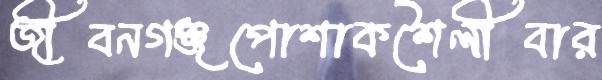
জীবনগঞ্জপোশাকশৈলীবার